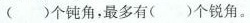
( )个钝角，最多有( )个锐角。